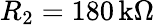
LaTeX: R_{2}=180\, \mathrm{k\Omega}